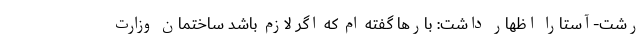
رشت-آستارا اظهار داشت: بارها گفته ام که اگر لازم باشد ساختمان وزارت